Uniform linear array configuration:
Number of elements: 8
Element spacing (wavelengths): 0.5
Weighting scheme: hann
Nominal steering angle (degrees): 30
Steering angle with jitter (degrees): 30.854
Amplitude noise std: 0.05
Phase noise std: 0.05

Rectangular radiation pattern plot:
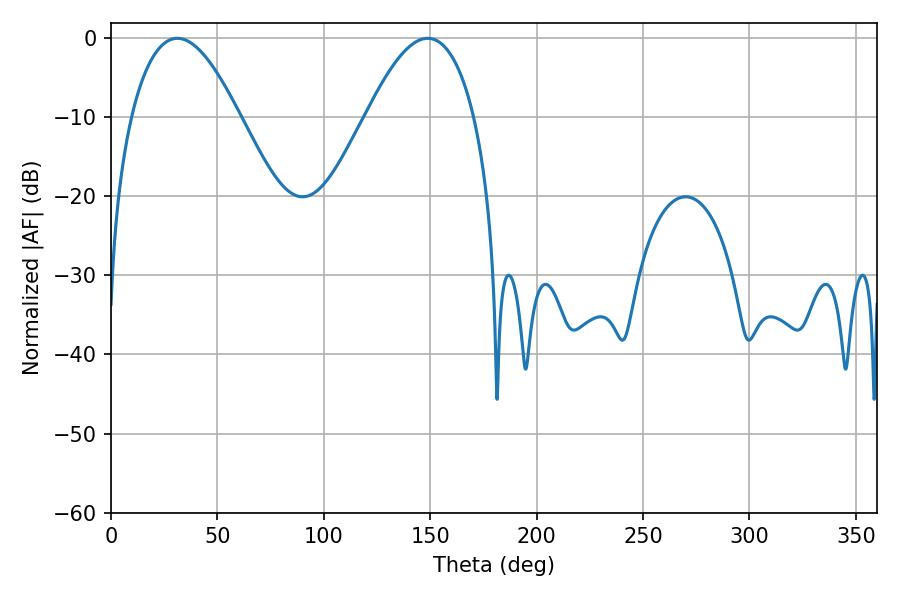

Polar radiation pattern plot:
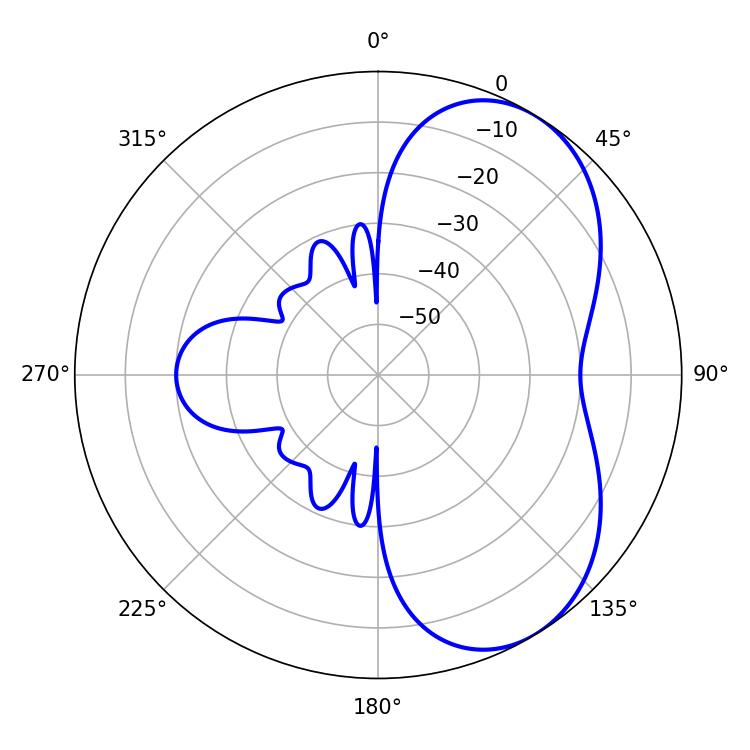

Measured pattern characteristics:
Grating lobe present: FALSE
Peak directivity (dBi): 5.433
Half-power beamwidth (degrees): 27.9
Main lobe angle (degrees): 31.14